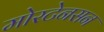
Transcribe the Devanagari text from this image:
मोरटेनसन